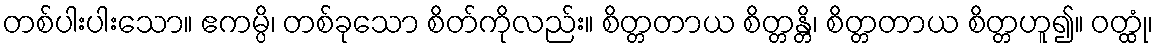
တစ်ပါးပါးသော။ ဧကမ္ပိ၊ တစ်ခုသော စိတ်ကိုလည်း။ စိတ္တတာယ စိတ္တန္တိ၊ စိတ္တတာယ စိတ္တဟူ၍။ ဝတ္ထုံ၊